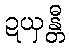
ဍယှန္တီ